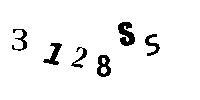
3128SS